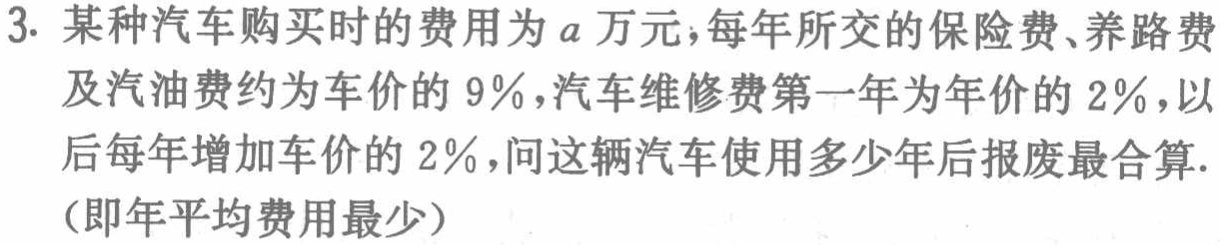
3. 某种汽车购买时的费用为\(a\)万元，每年所交的保险费、养路费及汽油费约为车价的 \(9\%\)，汽车维修费第一年为年价的 \(2\%\)，以后每年增加车价的 \(2\%\)，问这辆汽车使用多少年报废最合算.（即年平均费用最少）